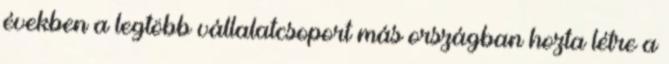
években a legtöbb vállalatcsoport más országban hozta létre a